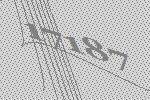
17187